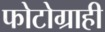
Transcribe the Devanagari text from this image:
फोटोग्राही